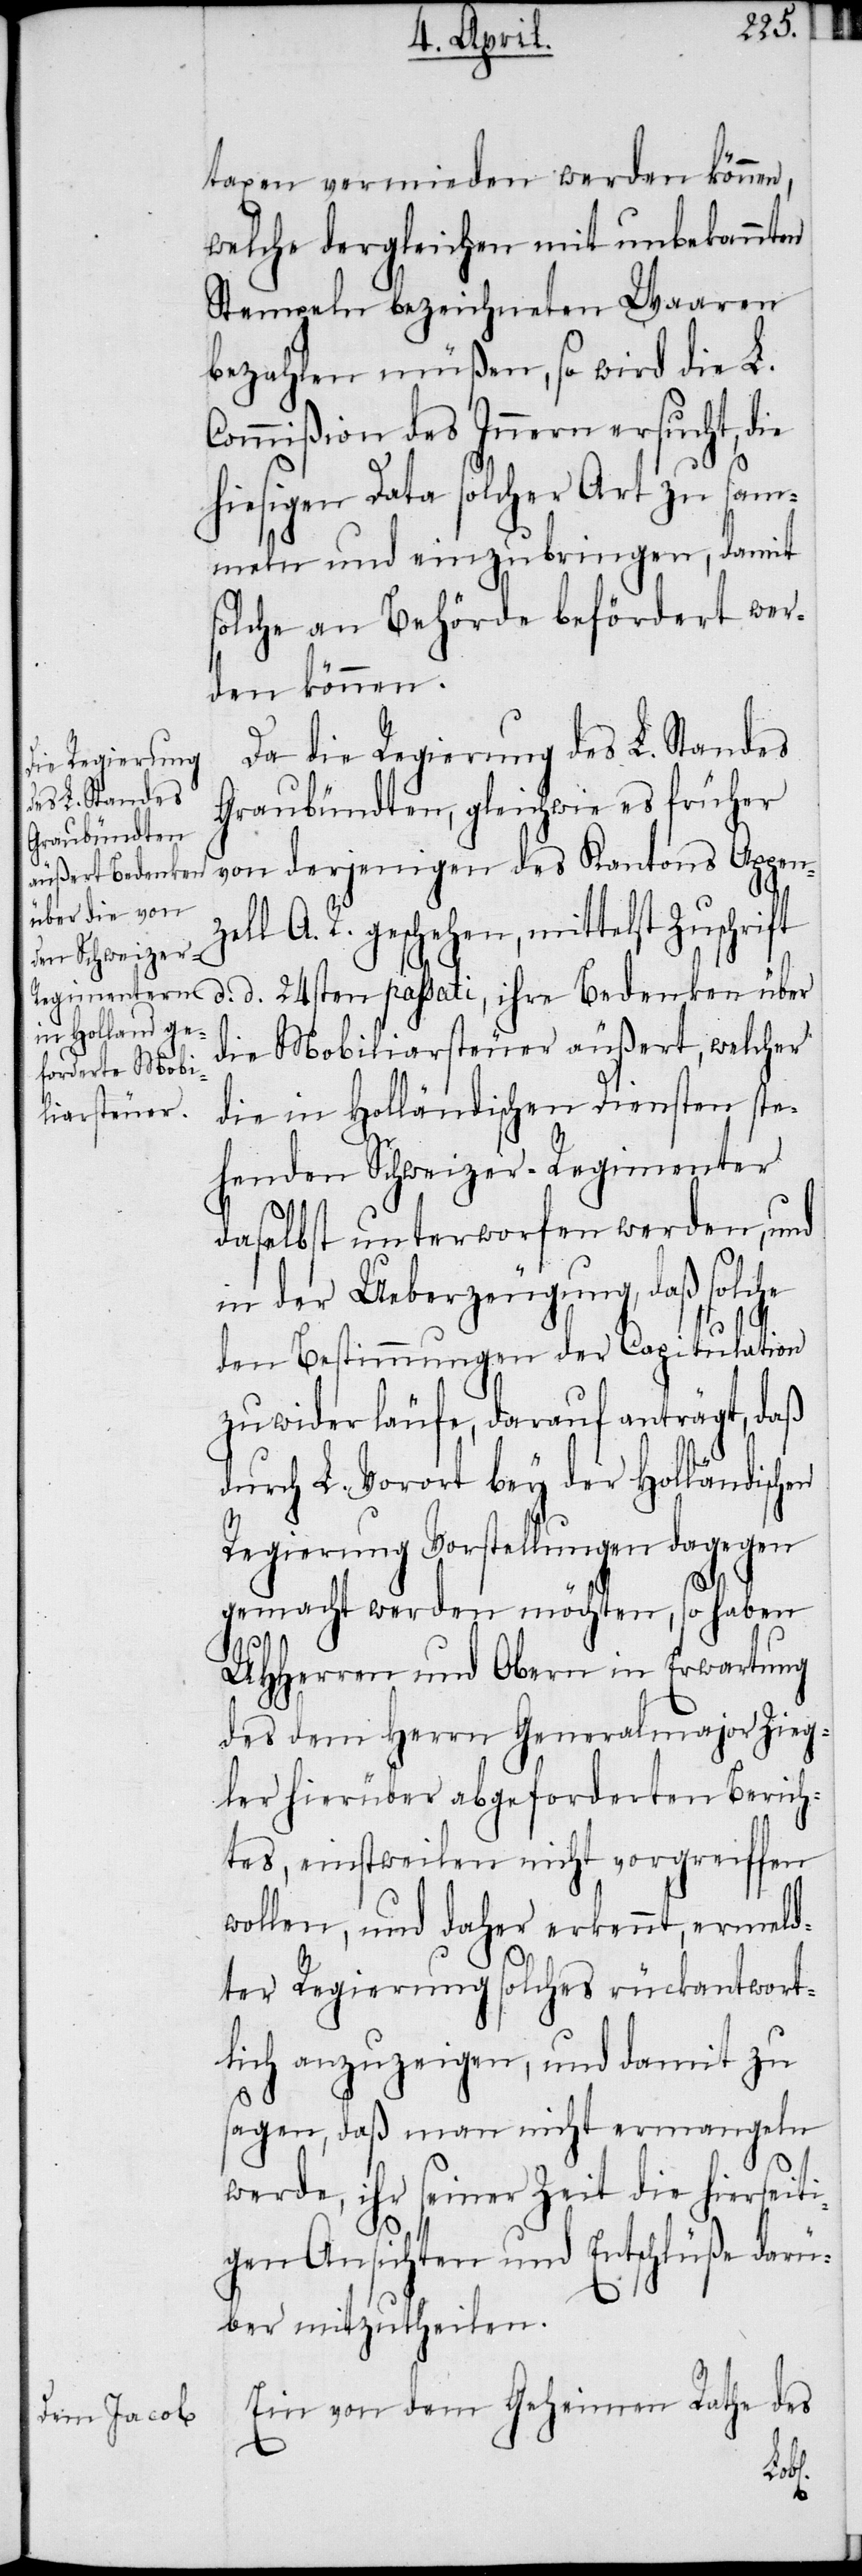
taxen vermieden werden können,
welche dergleichen mit unbekannten
Stempeln bezeichneten Waaren
bezahlen müßen, so wird die L.
Commißion des Innern ersucht, die
hiesigen Data solcher Art zu sam¬
meln und einzubringen, damit
solche an Behörde befördert wer¬
den können.
Da die Regierung des L. Standes
Graubündten, gleichwie es früher
von derjenigen des Kantons Appen¬
l A. R. geschehen, mittelst Zuschrift
d. d. 24sten passati, ihre Bedenken über
die Mobiliarsteuer äußert, welcher
die in Holländischen Diensten ste¬
henden Schweizer-Regimenter
daselbst unterworfen werden, und
in der Ueberzeugung, daß solche
den Bestimmungen der Capitulation
zuwider läufe, darauf anträgt, daß
durch L. Vorort bey der Holländischen
Regierung Vorstellungen dagegen
gemacht werden möchten, so haben
UHHerren und Obern in Erwartung
des dem Herrn Generalmajor Zieg¬
ler hierüber abgeforderten Berich¬
tes, einstweilen nicht vorgreiffen
wollen, und daher erkennt, ermeld¬
ter Regierung solches rückantwort¬
lich anzuzeigen, und damit zu
sagen, daß man nicht ermangeln
werde, ihr seiner Zeit die hierseiti¬
gen Ansichten und Entschlüße darü¬
ber mitzutheilen.
Ein von dem Geheimen Rathe des
zel¬